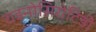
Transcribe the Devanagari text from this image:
राइनोसिरोटिडी